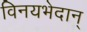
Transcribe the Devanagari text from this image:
विनयभेदान्